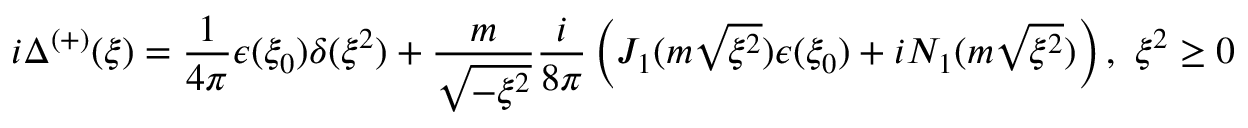
i \Delta ^ { \left( + \right) } ( \xi ) = \frac { 1 } { 4 \pi } \epsilon ( \xi _ { 0 } ) \delta ( \xi ^ { 2 } ) + \frac { m } { \sqrt { - \xi ^ { 2 } } } \frac { i } { 8 \pi } \left( J _ { 1 } ( m \sqrt { \xi ^ { 2 } } ) \epsilon ( \xi _ { 0 } ) + i N _ { 1 } ( m \sqrt { \xi ^ { 2 } } ) \right) , \, \, \xi ^ { 2 } \geq 0